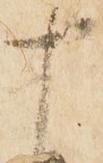
十